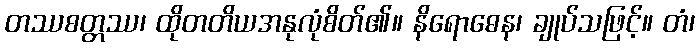
တဿစတ္တဿ၊ ထိုတတိယအနုလုံစိတ်၏။ နိရောဓေန၊ ချုပ်သဖြင့်။ တံ၊